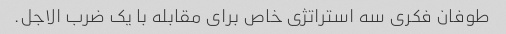
طوفان فکری سه استراتژی خاص برای مقابله با یک ضرب الاجل.